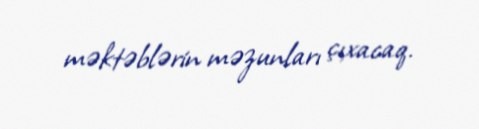
məktəblərin məzunları çıxacaq.